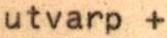
utvarp +